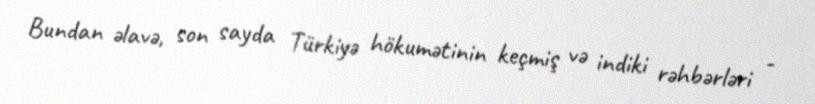
Bundan əlavə, son sayda Türkiyə hökumətinin keçmiş və indiki rəhbərləri -